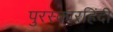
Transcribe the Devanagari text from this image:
पुरस्कारहिंदी